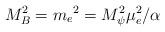
LaTeX: \begin{align*}M_{B}^{2}=m_{e}{}^{2}=M_{\psi}^{2}\mu_{e}^{2}/\alpha\end{align*}